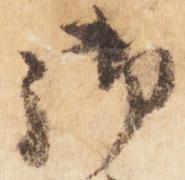
御